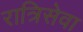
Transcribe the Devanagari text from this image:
रात्रिसेवा